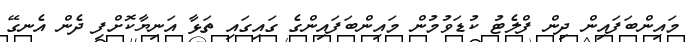
މައިންބަފައިން ދިން ފްލެޓު ކުޑަވުމުން މައިންބަފައިންގެ ގައިގައި ތަޅާ އަނިޔާކޮށްފި ދެން އެނގޭ